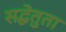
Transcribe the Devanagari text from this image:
सद्धेतुता